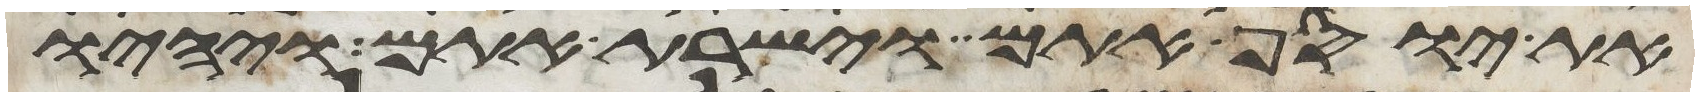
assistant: את יוסף אתם וישרת אתם ויהיו